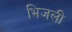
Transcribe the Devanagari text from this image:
भिजली